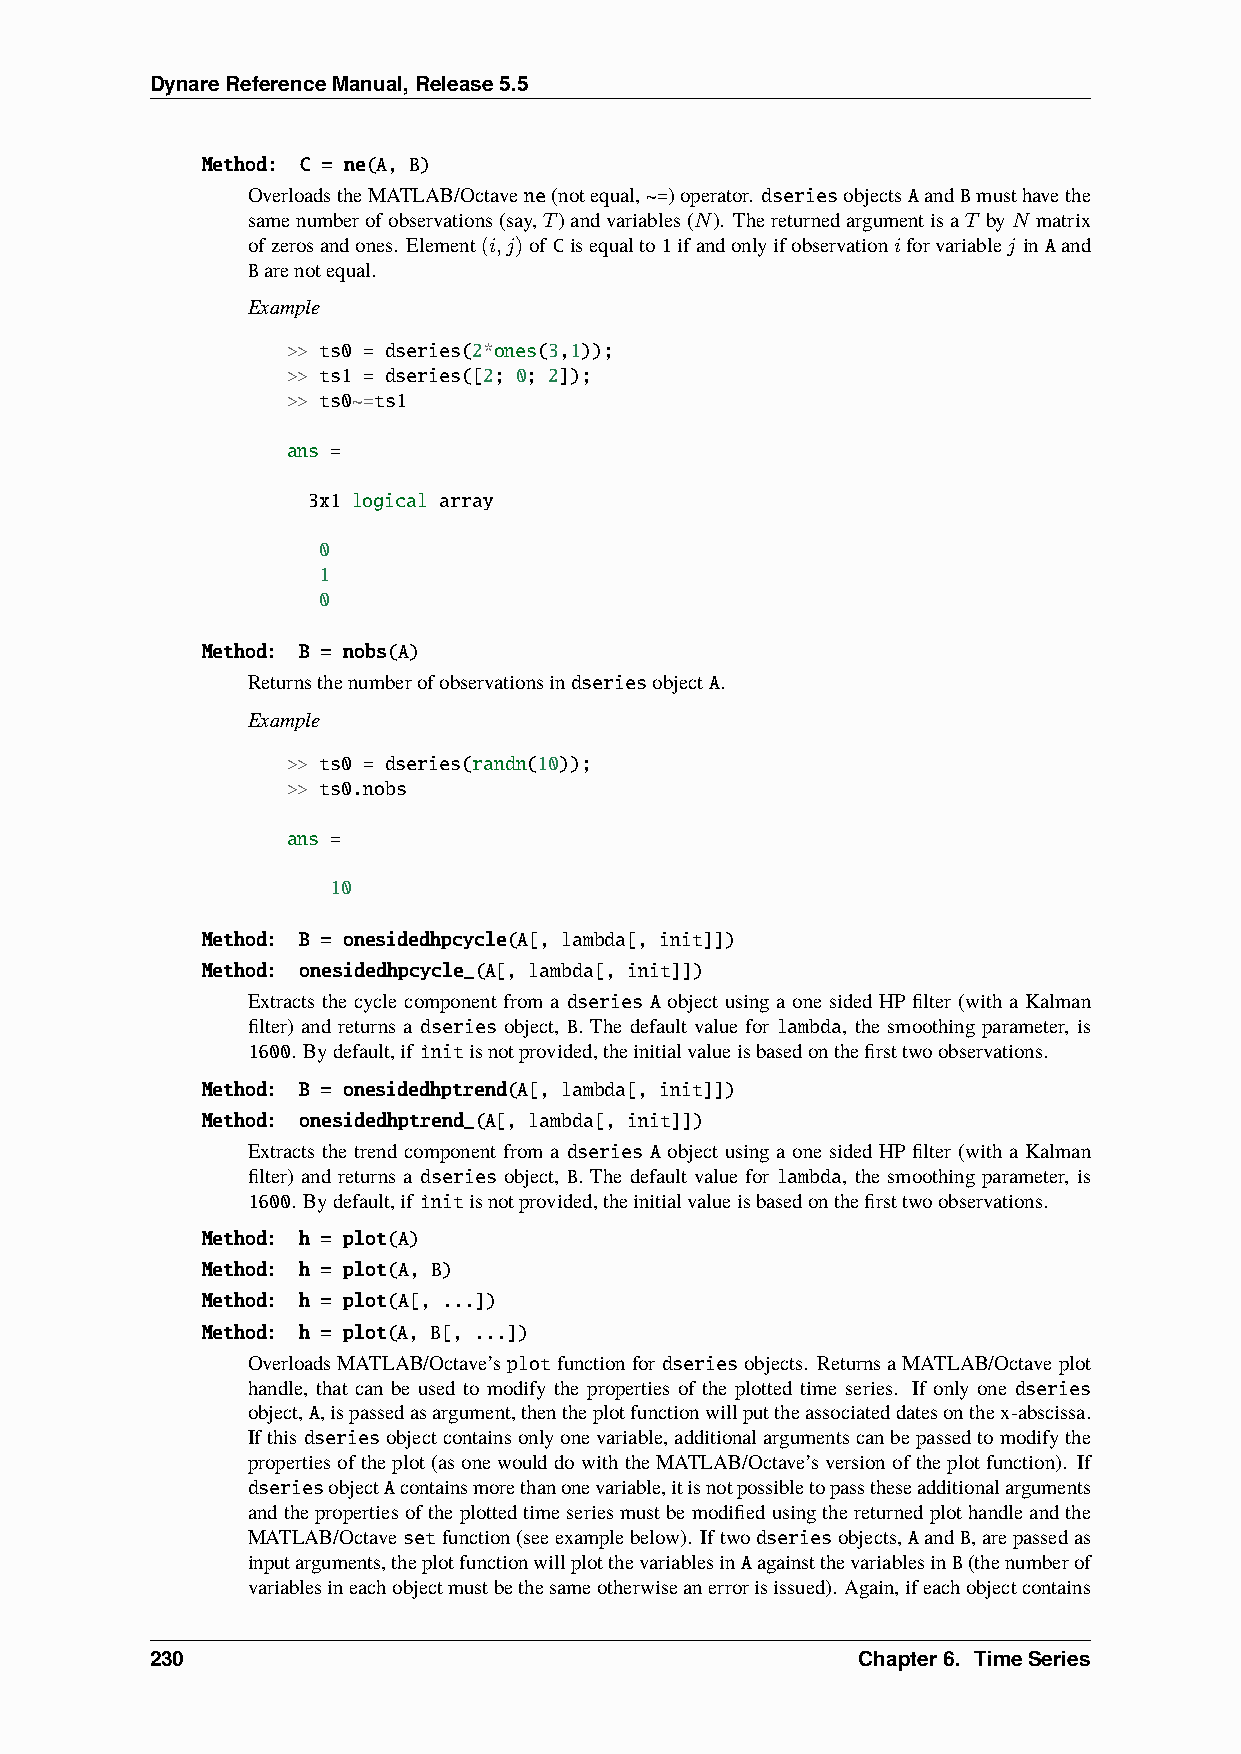
DynareReferenceManual,Release5.5
 Method: C = ne(A, B)
 OverloadstheMATLAB/Octavene(notequal,~=)operator. dseriesobjectsAandBmusthavethe
 samenumberofobservations(say,𝑇)andvariables(𝑁). Thereturnedargumentisa𝑇 by𝑁 matrix
 ofzerosandones. Element(𝑖,𝑗)of Cisequalto1ifandonlyifobservation𝑖forvariable𝑗 inAand
 Barenotequal.
 Example
 >> ts0 = dseries(2*ones(3,1));
 >> ts1 = dseries([2; 0; 2]);
 >> ts0~=ts1
 ans =
 3x1 logical array
 0
 1
 0
 Method: B = nobs(A)
 ReturnsthenumberofobservationsindseriesobjectA.
 Example
 >> ts0 = dseries(randn(10));
 >> ts0.nobs
 ans =
 10
 Method: B = onesidedhpcycle(A[, lambda[, init]])
 Method: onesidedhpcycle_(A[, lambda[, init]])
 Extracts the cycle component from a dseries A object using a one sided HP filter (with a Kalman
 filter) and returns a dseries object, B. The default value for lambda, the smoothing parameter, is
 1600. Bydefault,if ìnitisnotprovided,theinitialvalueisbasedonthefirsttwoobservations.
 Method: B = onesidedhptrend(A[, lambda[, init]])
 Method: onesidedhptrend_(A[, lambda[, init]])
 Extracts the trend component from a dseries A object using a one sided HP filter (with a Kalman
 filter) and returns a dseries object, B. The default value for lambda, the smoothing parameter, is
 1600. Bydefault,if ìnitisnotprovided,theinitialvalueisbasedonthefirsttwoobservations.
 Method: h = plot(A)
 Method: h = plot(A, B)
 Method: h = plot(A[, ...])
 Method: h = plot(A, B[, ...])
 OverloadsMATLAB/Octave’splotfunctionfor dseriesobjects. ReturnsaMATLAB/Octaveplot
 handle, that can be used to modify the properties of the plotted time series. If only one dseries
 object,A,ispassedasargument,thentheplotfunctionwillputtheassociateddatesonthex-abscissa.
 Ifthisdseriesobjectcontainsonlyonevariable,additionalargumentscanbepassedtomodifythe
 propertiesoftheplot(asonewoulddowiththeMATLAB/Octave’sversionoftheplotfunction). If
 dseriesobjectAcontainsmorethanonevariable,itisnotpossibletopasstheseadditionalarguments
 andthepropertiesoftheplottedtimeseriesmustbemodifiedusingthereturnedplothandleandthe
 MATLAB/Octavesetfunction(seeexamplebelow). Iftwodseriesobjects,AandB,arepassedas
 inputarguments,theplotfunctionwillplotthevariablesinAagainstthevariablesinB(thenumberof
 variablesineachobjectmustbethesameotherwiseanerrorisissued). Again,ifeachobjectcontains
 230                                            Chapter6. TimeSeries